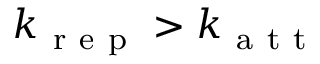
k _ { \mathrm { ~ r ~ e ~ p ~ } } > k _ { \mathrm { ~ a ~ t ~ t ~ } }